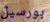
بورسيل